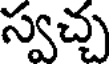
స్వచ్చ